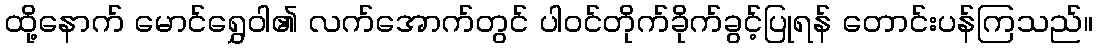
ထို့နောက် မောင်ရွှေဝါ၏ လက်အောက်တွင် ပါဝင်တိုက်ခိုက်ခွင့်ပြုရန် တောင်းပန်ကြသည်။